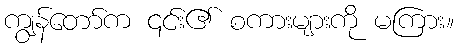
ကျွန်တော်က ၎င်း၏ စကားများကို မကြား။